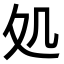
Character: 処